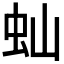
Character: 𬟴